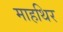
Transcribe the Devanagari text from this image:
माहथिर